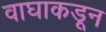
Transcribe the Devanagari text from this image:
वाघाकडून